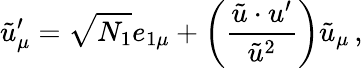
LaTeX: \tilde{u}_{\mu}^{\prime}=\sqrt{N_{1}}e_{1\mu}+\left(\frac{\tilde{u}\cdot u^{\prime}}{\tilde{u}^{2}}\right)\tilde{u}_{\mu}\, ,